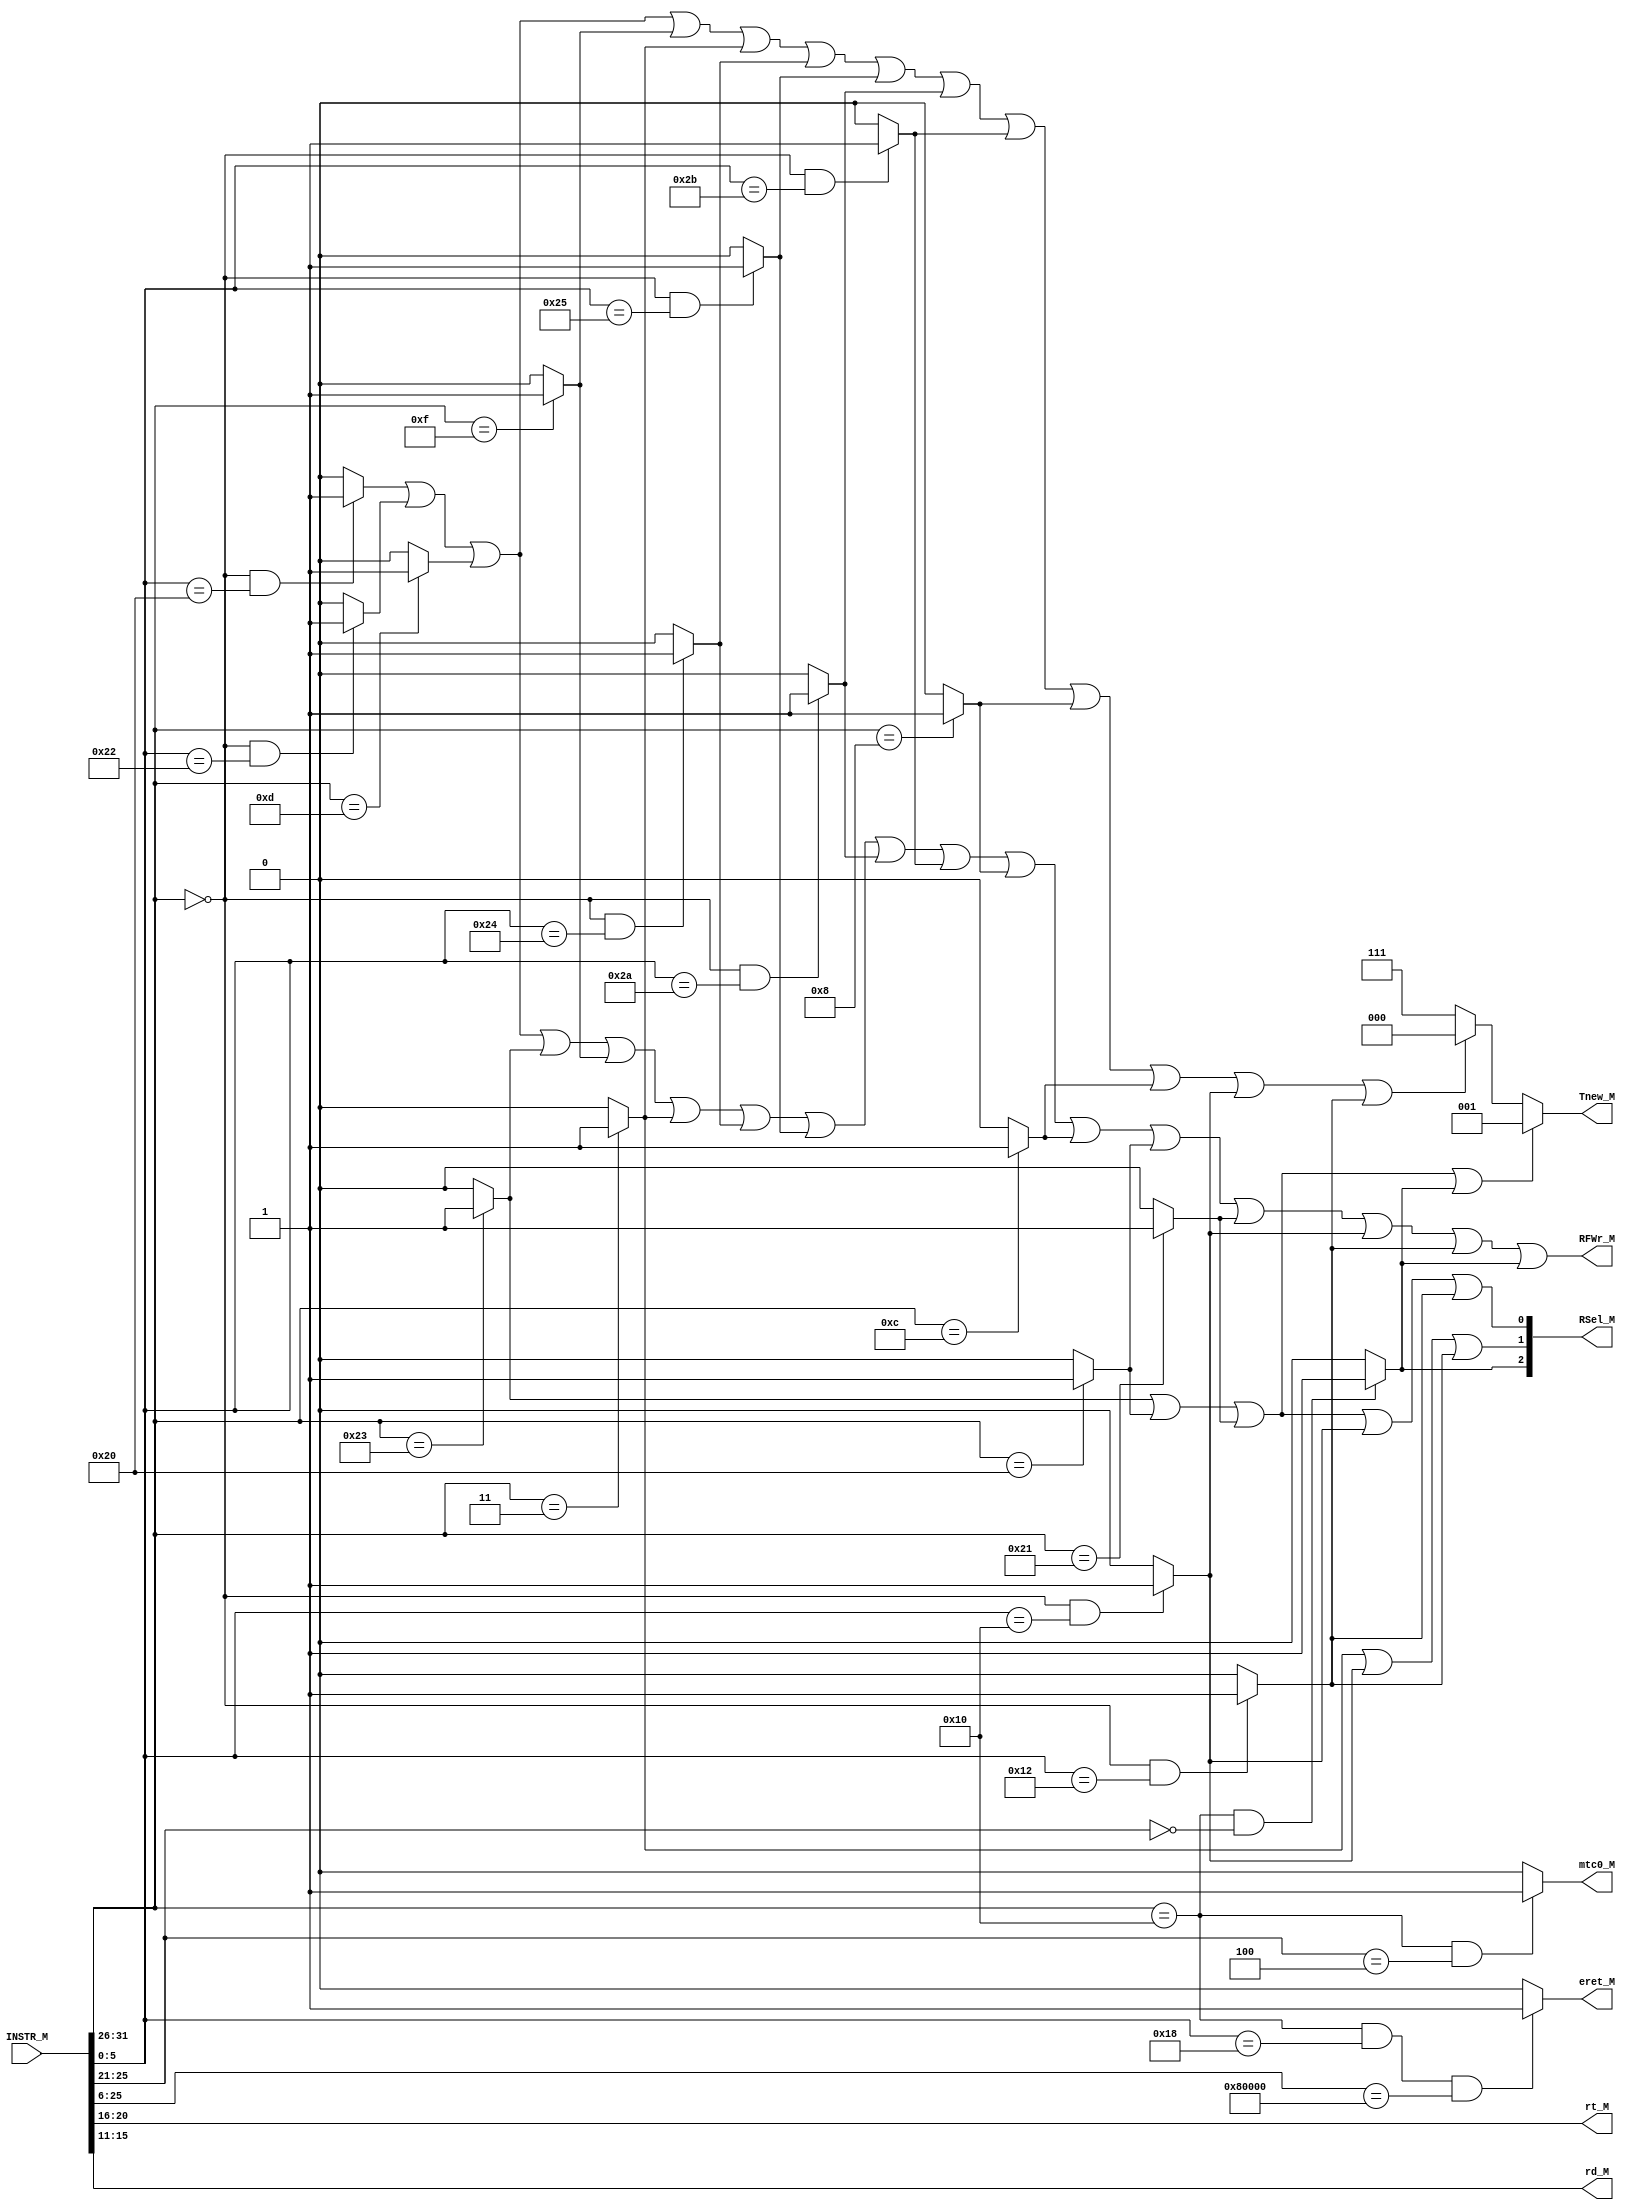
`timescale 1ns / 1ps
//////////////////////////////////////////////////////////////////////////////////
// Company: 
// Engineer: 
// 
// Design Name: 
// Module Name:    M_CONTROLLER 
// Project Name: 
// Target Devices: 
// Tool versions: 
// Description: 
//
// Dependencies: 
//
// Revision: 
// Revision 0.01 - File Created
// Additional Comments: 
//
//////////////////////////////////////////////////////////////////////////////////
module M_CONTROLLER(
    input [31:0] INSTR_M,
    //output DMWr_M,
    output [4:0] rt_M,
    output RFWr_M,
	 output [2:0] Tnew_M,
	 output [2:0] RSel_M,
	 output eret_M,
	 output mtc0_M,
	 output [4:0] rd_M
	 //output [3:0] m_data_byteen
    );

wire add, sub, ori, lw, sw, lui, jal, jr, beq;
wire bne, andd, orr, slt, sltu, addi, andi;
wire lb, lh, sb, sh;
wire mult, multu, div, divu, mfhi, mflo, mthi, mtlo;

wire [5:0] opcode;
wire [5:0] func;
wire [4:0] rs;

assign opcode = INSTR_M[31:26];
assign func = INSTR_M[5:0];
assign rs = INSTR_M[25:21];

assign add = (opcode == 6'b000000 && func == 6'b100000)? 1 : 0;
assign sub = (opcode == 6'b000000 && func == 6'b100010)? 1 : 0;
assign ori = (opcode == 6'b001101)? 1 : 0;
assign lw = (opcode == 6'b100011)? 1 : 0;
assign sw = (opcode == 6'b101011)? 1 : 0;
assign beq = (opcode == 6'b000100)? 1 : 0;
assign lui = (opcode == 6'b001111)? 1 : 0;
assign jal = (opcode == 6'b000011)? 1 : 0;
assign jr = (opcode == 6'b000000 && func == 6'b001000)? 1 : 0;

assign bne = (opcode == 6'b000101)? 1 : 0;
assign andd = (opcode == 6'b000000 && func == 6'b100100)? 1 : 0;
assign orr = (opcode == 6'b000000 && func == 6'b100101)? 1 : 0;
assign slt = (opcode == 6'b000000 && func == 6'b101010)? 1 : 0;
assign sltu = (opcode == 6'b000000 && func == 6'b101011)? 1 : 0;
assign addi = (opcode == 6'b001000)? 1 : 0;
assign andi = (opcode == 6'b001100)? 1 : 0;

assign lb = (opcode == 6'b100000)? 1 : 0;
assign lh = (opcode == 6'b100001)? 1 : 0;
assign sb = (opcode == 6'b101000)? 1 : 0;
assign sh = (opcode == 6'b101001)? 1 : 0;

assign mult = (opcode == 6'b000000 && func == 6'b011000)? 1 : 0;
assign multu = (opcode == 6'b000000 && func == 6'b011001)? 1 : 0;
assign div = (opcode == 6'b000000 && func == 6'b011010)? 1 : 0;
assign divu = (opcode == 6'b000000 && func == 6'b011011)? 1 : 0;
assign mfhi = (opcode == 6'b000000 && func == 6'b010000)? 1 : 0;
assign mflo = (opcode == 6'b000000 && func == 6'b010010)? 1 : 0;
assign mthi = (opcode == 6'b000000 && func == 6'b010001)? 1 : 0;
assign mtlo = (opcode == 6'b000000 && func == 6'b010011)? 1 : 0;

//P7
wire mfc0, mtc0;
wire eret;
wire syscall;
assign mfc0 = (opcode == 6'b010000 && rs == 5'b00000) ? 1 : 0;
assign mtc0 = (opcode == 6'b010000 && rs == 5'b00100) ? 1 : 0;
assign eret = (opcode == 6'b010000 && func == 6'b011000 && INSTR_M[25:6] == 20'h80000) ? 1 : 0;
assign syscall = (opcode == 6'b000000 && func == 6'b001100) ? 1 : 0;

//assign DMWr_M = sw | sb | sh;
assign rt_M = INSTR_M [20:16];
assign rd_M = INSTR_M [15:11];
assign RFWr_M = add | sub | ori | lw | lui | jal | andd | orr | slt | sltu | addi | andi |lb | lh | mfhi | mflo | mfc0;
assign Tnew_M = (lw | lb | lh | mfc0 == 1) ? 3'b001 :
					 (add | sub | ori | lui | jal | /*jr | */andd | orr | slt | sltu | addi | andi | mfhi | mflo) ? 3'b000 :
					 3'b111;
					 
assign RSel_M[0] = lw | lb | lh | mfhi | mflo;
assign RSel_M[1] = jal | mfhi | mflo; 
assign RSel_M[2] = mfc0;

assign eret_M = eret;
assign mtc0_M = mtc0;

endmodule